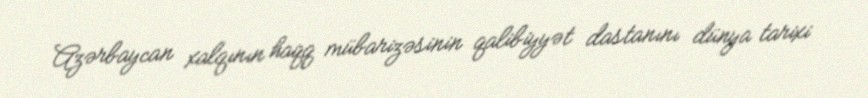
Azərbaycan xalqının haqq mübarizəsinin qalibiyyət dastanını dünya tarixi